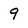
Character: 9